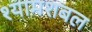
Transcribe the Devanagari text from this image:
श्यामशबल